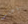
أعتبر